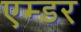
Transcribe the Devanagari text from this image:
एम्डर